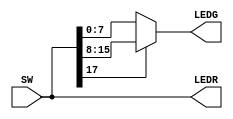


module part2 (SW, LEDR, LEDG);
	input [17:0] SW;
	output [17:0] LEDR;
	output reg [7:0] LEDG;

	assign LEDR = SW;
	always @ (*) begin
		if (SW[17])
			LEDG = SW[15:8];
		else
			LEDG = SW[7:0];
	end
endmodule